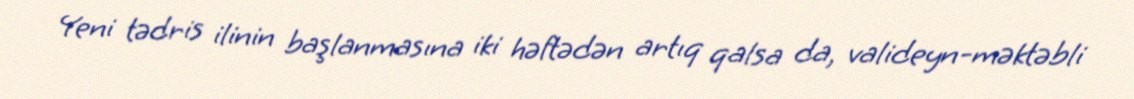
Yeni tədris ilinin başlanmasına iki həftədən artıq qalsa da, valideyn-məktəbli